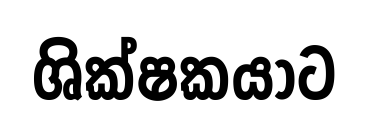
ශික්ෂකයාට